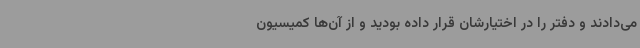
می‌دادند و دفتر را در اختیارشان قرار داده بودید و از آن‌ها کمیسیون